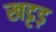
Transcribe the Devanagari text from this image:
खट्टड़